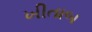
ખીતાબ